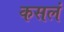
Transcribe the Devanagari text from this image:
कसलं